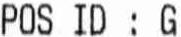
POS ID : G